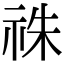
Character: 祩